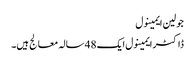
جولین ایمینول
ڈاکٹر ایمینول ایک 48 سالہ معالج ہیں۔